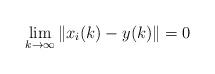
LaTeX: \begin{align*}\lim\limits_{k\to\infty}\|x_{i}(k)-y(k)\|=0\end{align*}